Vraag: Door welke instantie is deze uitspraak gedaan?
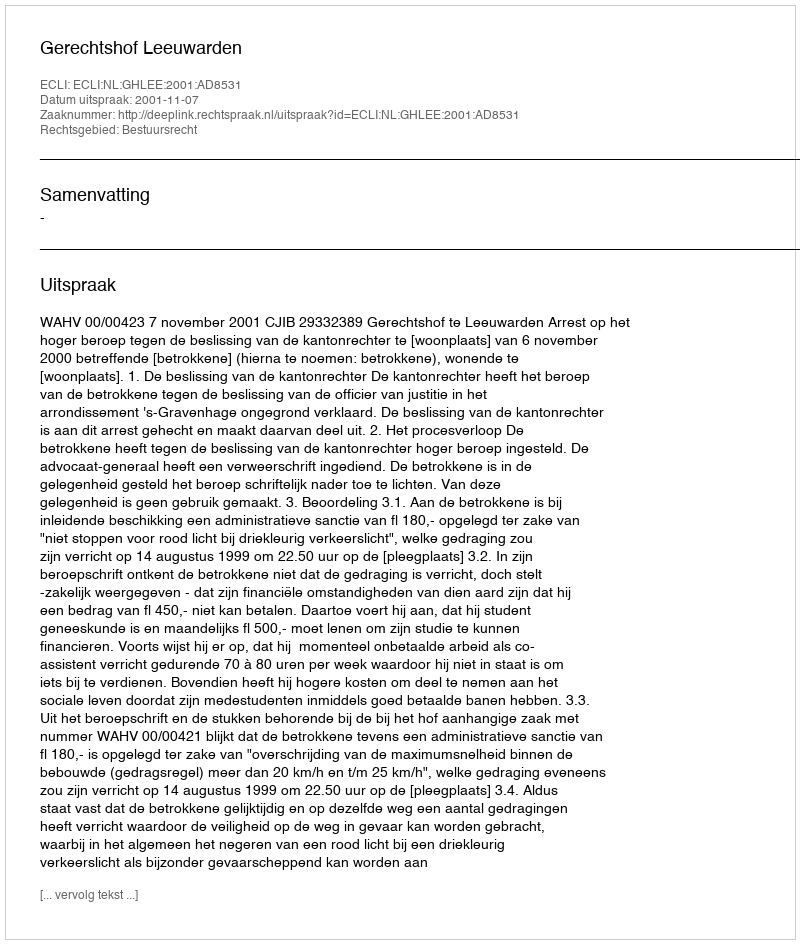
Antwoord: Gerechtshof Leeuwarden